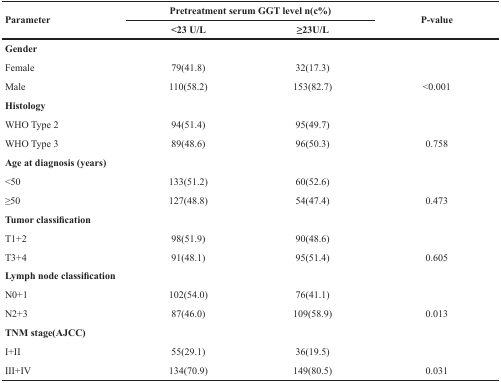
<table><thead><tr><td rowspan="2"><b>Parameter</b></td><td colspan="2"><b>Pretreatment serum GGT level n(c%)</b></td><td rowspan="2"><b>P-value</b></td></tr><tr><td><b>&lt;23 U/L</b></td><td><b>≥23U/L</b></td></tr></thead><tbody><tr><td><b>Gender</b></td><td></td><td></td><td></td></tr><tr><td>Female</td><td>79(41.8)</td><td>32(17.3)</td><td></td></tr><tr><td>Male</td><td>110(58.2)</td><td>153(82.7)</td><td>&lt;0.001</td></tr><tr><td><b>Histology</b></td><td></td><td></td><td></td></tr><tr><td>WHO Type 2</td><td>94(51.4)</td><td>95(49.7)</td><td></td></tr><tr><td>WHO Type 3</td><td>89(48.6)</td><td>96(50.3)</td><td>0.758</td></tr><tr><td><b>Age at diagnosis (years)</b></td><td></td><td></td><td></td></tr><tr><td>&lt;50</td><td>133(51.2)</td><td>60(52.6)</td><td></td></tr><tr><td>≥50</td><td>127(48.8)</td><td>54(47.4)</td><td>0.473</td></tr><tr><td><b>Tumor classification</b></td><td></td><td></td><td></td></tr><tr><td>T1+2</td><td>98(51.9)</td><td>90(48.6)</td><td></td></tr><tr><td>T3+4</td><td>91(48.1)</td><td>95(51.4)</td><td>0.605</td></tr><tr><td><b>Lymph node classification</b></td><td></td><td></td><td></td></tr><tr><td>N0+1</td><td>102(54.0)</td><td>76(41.1)</td><td></td></tr><tr><td>N2+3</td><td>87(46.0)</td><td>109(58.9)</td><td>0.013</td></tr><tr><td><b>TNM stage(AJCC)</b></td><td></td><td></td><td></td></tr><tr><td>I+II</td><td>55(29.1)</td><td>36(19.5)</td><td></td></tr><tr><td>III+IV</td><td>134(70.9)</td><td>149(80.5)</td><td>0.031</td></tr></tbody></table>